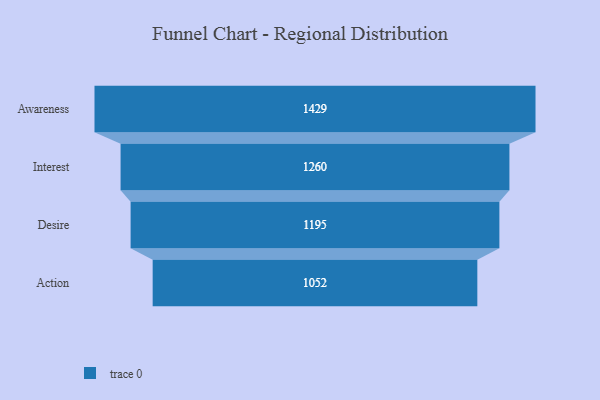
{"axis": {"x": "Stage", "y": "Value"}, "legend": [""], "data": [{"x": "Awareness", "y": 1429.0, "type": ""}, {"x": "Interest", "y": 1260.0, "type": ""}, {"x": "Desire", "y": 1195.0, "type": ""}, {"x": "Action", "y": 1052.0, "type": ""}]}